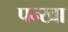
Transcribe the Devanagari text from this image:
पन्खा